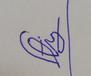
Signature authenticity: forged